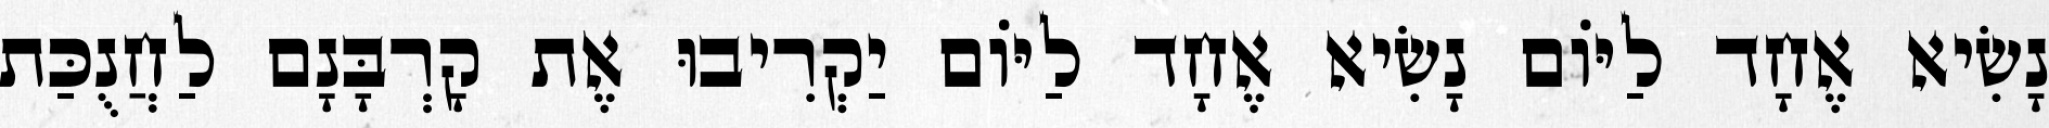
נָשִׂיא אֶחָד לַיּוֹם נָשִׂיא אֶחָד לַיּוֹם יַקְרִיבוּ אֶת קָרְבָּנָם לַחֲנֻכַּת